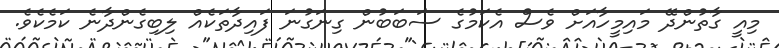
މިއީ ގާތުންދޭ މައިމީހާއަށް ވެސް އެކަމުގެ ސަބަބުން ގިނަގުނަ ފައިދާތަކެއް ލިބިގެންދާނެ ކަމެކެވެ.